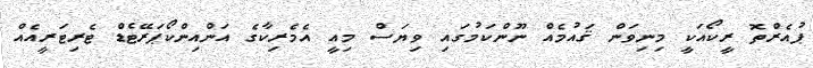
ޕުއެރްތޮ ރީކޯއަކީ މިނިވަން ޤައުމެއް ނޫންކަމުގައި ވިޔަސް މިއީ އެމެރިކާގެ އަންއިންކޯޕަރޭޓެޑް ޓެރިޓަރީއެއް